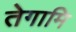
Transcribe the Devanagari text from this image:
तेगामि